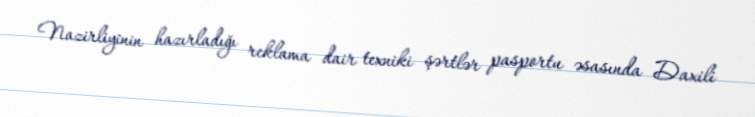
Nazirliyinin hazırladığı reklama dair texniki şərtlər pasportu əsasında Daxili